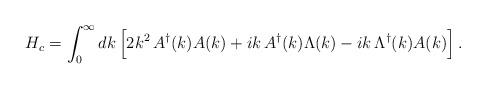
LaTeX: \begin{align*}H_c=\int_0^\infty dk\,\Bigl[2k^2\,A^\dagger(k)A(k)+ik\,A^\dagger(k)\Lambda(k)-ik\,\Lambda^\dagger(k)A(k)\Bigr]\,.\end{align*}